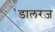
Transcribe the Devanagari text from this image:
डालरज़